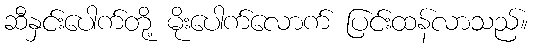
ဆီနှင်းပေါက်တို့ မိုးပေါက်လောက် ပြင်းထန်လာသည်။